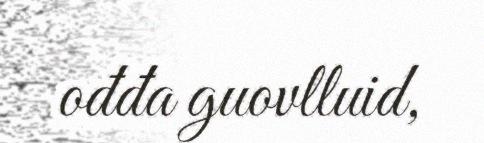
ođđa guovlluid,